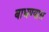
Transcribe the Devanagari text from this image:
बाधण्यास